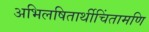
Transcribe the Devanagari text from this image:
अभिलषितार्थीचिंतामणि